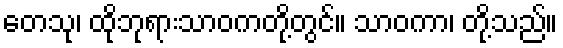
တေသု၊ ထိုဘုရားသာဝကတို့တွင်။ သာဝကာ၊ တို့သည်။